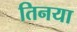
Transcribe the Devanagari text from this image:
तिनया